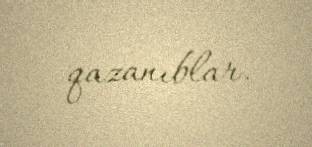
qazanıblar.